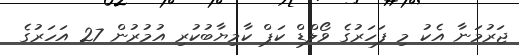
ޖަރުމަނާ އެކު މި ފަހަރުގެ ވޯލްޑް ކަޕް ކާމިޔާބުކުރި އުމުރުން 27 އަހަރުގެ